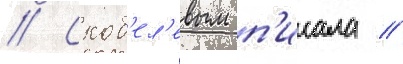
// Скоб'ел'евым п'исала /